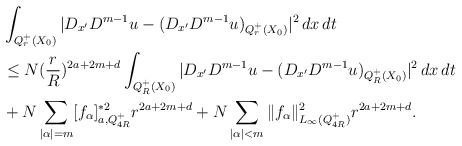
\begin{align*}&\int_{Q_r^+(X_0)}|D_{x^\prime}D^{m-1}u-(D_{x^\prime}D^{m-1}u)_{Q_r^+(X_0)}|^2\,dx\,dt \\&\le N (\frac{r}{R})^{2a+2m+d} \int_{Q_R^+(X_0)}|D_{x^\prime}D^{m-1}u-(D_{x^\prime}D^{m-1}u)_{Q_R^+(X_0)}|^2\,dx\,dt\\&+N\sum_{|\alpha|=m}[f_\alpha]_{a, Q_{4R}^+} ^{\ast2} r^{2a+2m+d} +N\sum_{|\alpha|<m} \|f_\alpha\|_{L_\infty(Q_{4R}^+)}^2r^{2a+2m+d}.\end{align*}